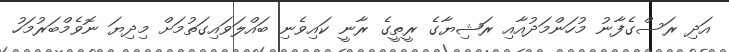
އަދި ރަސްގެފާނު މުހަންމަދުއާއި ރަޝިޔާގެ ރީތީގެ ރާނީ ކައިވެނި ބައްލަވައިގަތުމަށް މިދިޔަ ނޮވެމްބަރުމަހު